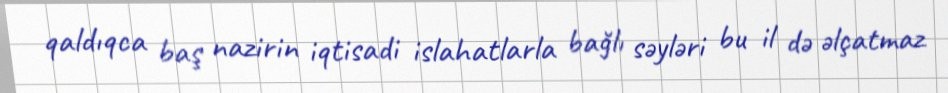
qaldıqca baş nazirin iqtisadi islahatlarla bağlı səyləri bu il də əlçatmaz